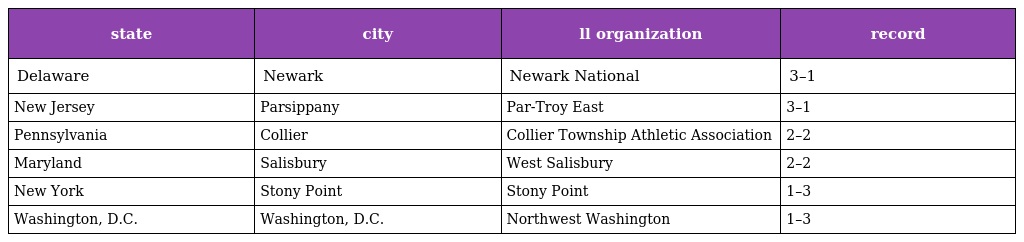
| state | city | ll organization | record |
 | --- | --- | --- | --- |
 | Delaware | Newark | Newark National | 3–1 |
 | New Jersey | Parsippany | Par-Troy East | 3–1 |
 | Pennsylvania | Collier | Collier Township Athletic Association | 2–2 |
 | Maryland | Salisbury | West Salisbury | 2–2 |
 | New York | Stony Point | Stony Point | 1–3 |
 | Washington, D.C. | Washington, D.C. | Northwest Washington | 1–3 |